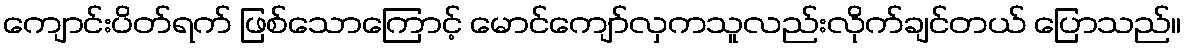
ကျောင်းပိတ်ရက် ဖြစ်သောကြောင့် မောင်ကျော်လှကသူလည်းလိုက်ချင်တယ် ပြောသည်။